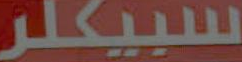
سبيكلر